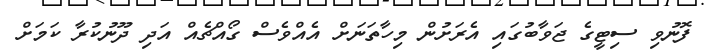
ފޮނުވި ސިޓީގެ ޖަވާބުގައި އެރަށުން މިހާތަނަށް އެއްވެސް ގޯއްޗެއް އަދި ދޫނުކުރާ ކަމަށް